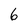
Character: 6